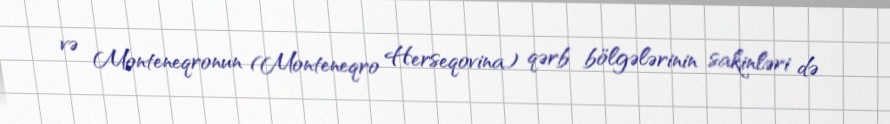
və Monteneqronun (Monteneqro Herseqovina) qərb bölgələrinin sakinləri də